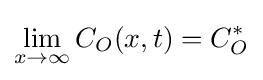
\lim _{x\rightarrow \infty }C_{O}(x,t)=C_{O}^{*}